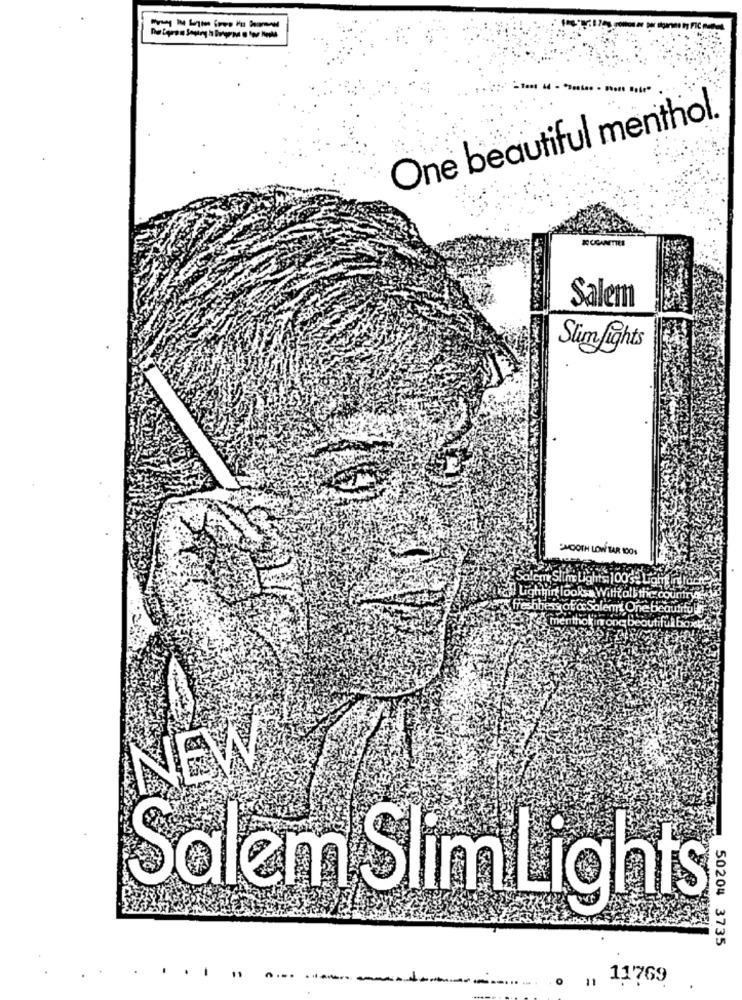
One beautiful menthol.
Salem
Stm fights
MOOTH LOW TAR 1001
$100
NEW
Salem Slim Lights
50204 3735
11
0 11
, 11769